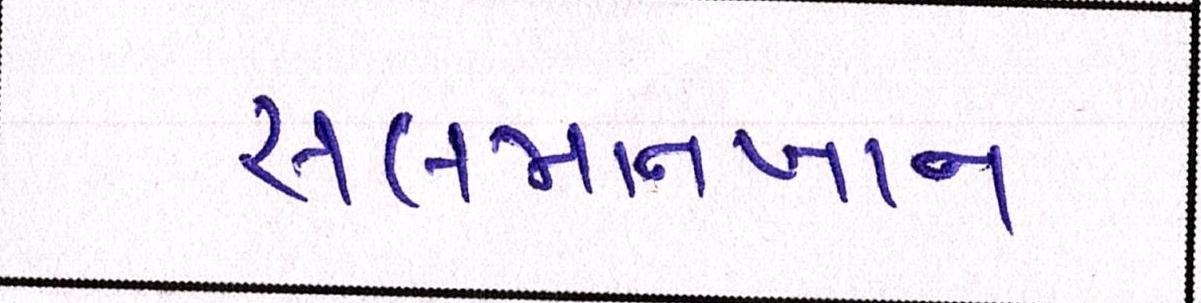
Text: સલમાનખાન